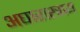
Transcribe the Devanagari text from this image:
अघारास्त्राय